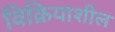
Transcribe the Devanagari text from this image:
विक्रियाशील